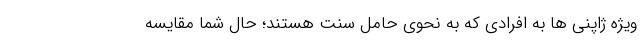
ویژه ژاپنی ها به افرادی که به نحوی حامل سنت هستند؛ حال شما مقایسه